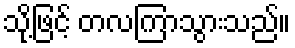
သို့ဖြင့် တလကြာသွားသည်။